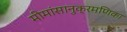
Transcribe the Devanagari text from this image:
मीमांसानुक्रमणिका